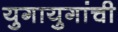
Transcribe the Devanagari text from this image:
युगायुगांची